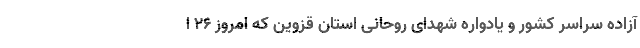
آزاده سراسر کشور و یادواره شهدای روحانی استان قزوین که امروز ۲۶ ا